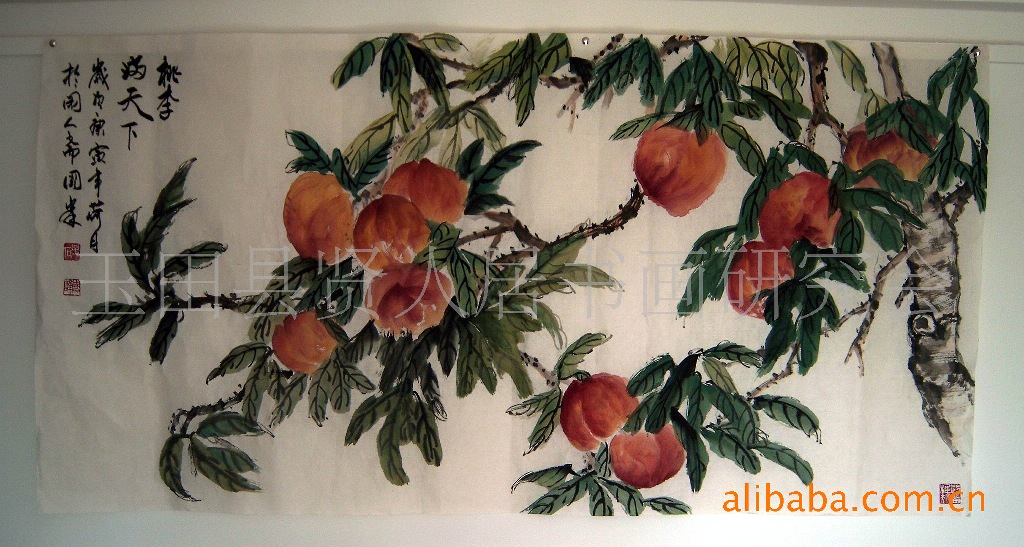
开花必早落，桃李不如松。